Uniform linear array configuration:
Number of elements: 8
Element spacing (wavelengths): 0.5
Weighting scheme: uniform
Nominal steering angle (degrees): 30
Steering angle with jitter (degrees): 29.541
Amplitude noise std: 0.05
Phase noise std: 0.05

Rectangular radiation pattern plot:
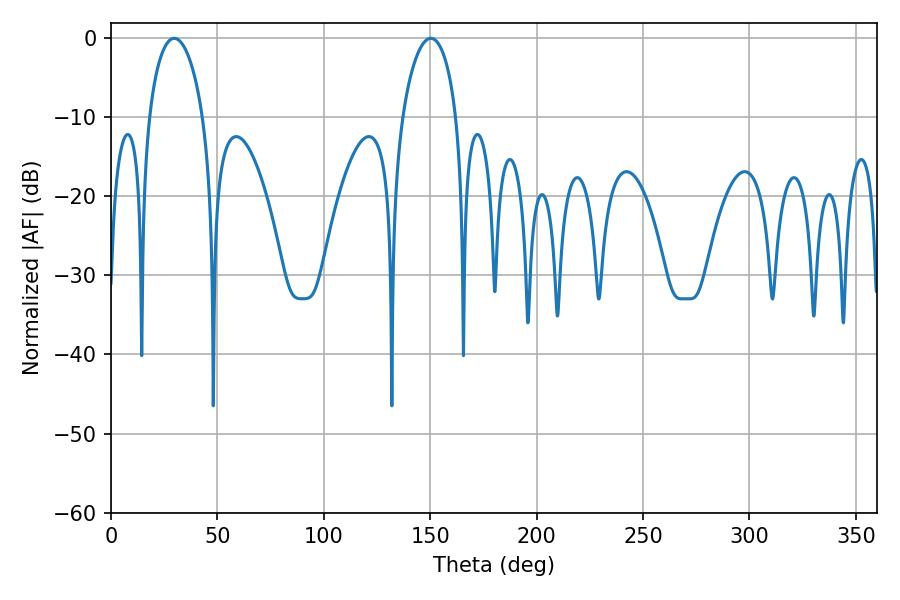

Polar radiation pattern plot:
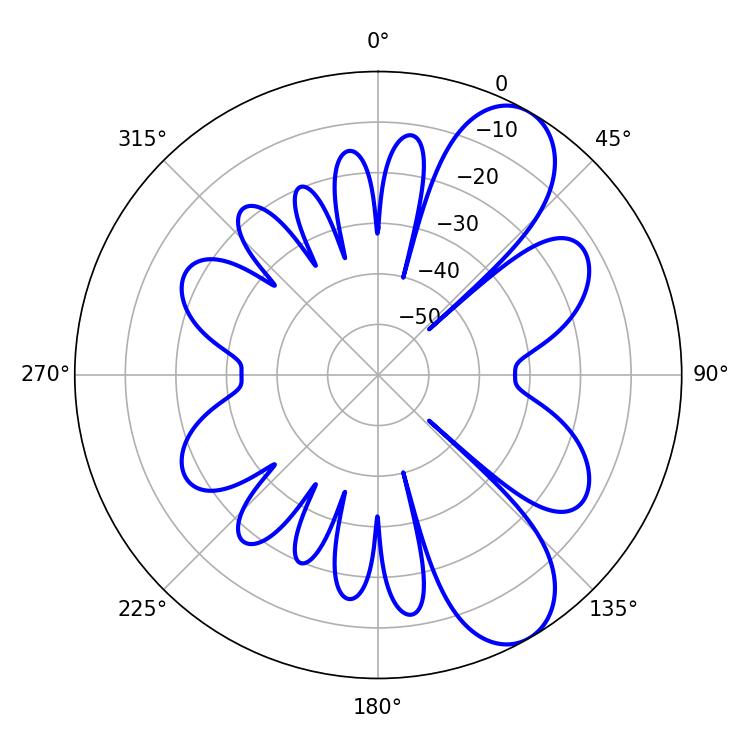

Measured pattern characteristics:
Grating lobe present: FALSE
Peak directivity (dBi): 8.612
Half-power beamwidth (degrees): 14.58
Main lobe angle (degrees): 29.7